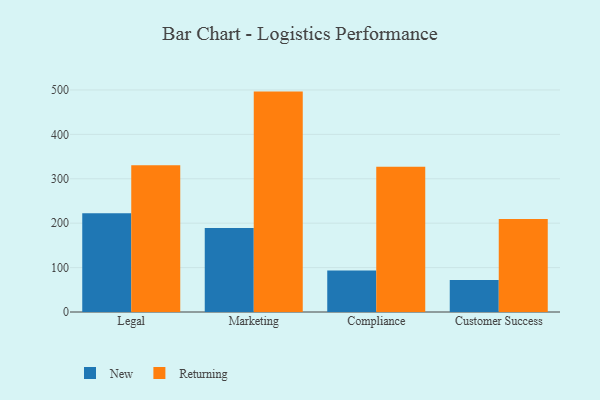
{"axis": {"x": "Department", "y": "Inventory Turnover"}, "legend": ["New", "Returning"], "data": [{"x": "Legal", "y": 222.5, "type": "New"}, {"x": "Legal", "y": 330.3, "type": "Returning"}, {"x": "Marketing", "y": 189.3, "type": "New"}, {"x": "Marketing", "y": 496.3, "type": "Returning"}, {"x": "Compliance", "y": 93.5, "type": "New"}, {"x": "Compliance", "y": 326.8, "type": "Returning"}, {"x": "Customer Success", "y": 72.2, "type": "New"}, {"x": "Customer Success", "y": 209.4, "type": "Returning"}]}